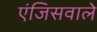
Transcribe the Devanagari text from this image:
एंजिसवाले